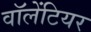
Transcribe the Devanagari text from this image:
वॉलेंटियर